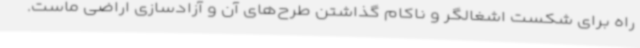
راه برای شکست اشغالگر و ناکام گذاشتن طرح‌های آن و آزادسازی اراضی ماست.